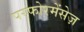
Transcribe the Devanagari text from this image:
परफोरमेंसेज़